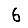
Digit: 6